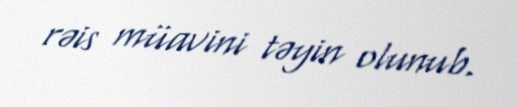
rəis müavini təyin olunub.